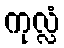
ကုလ္လံ